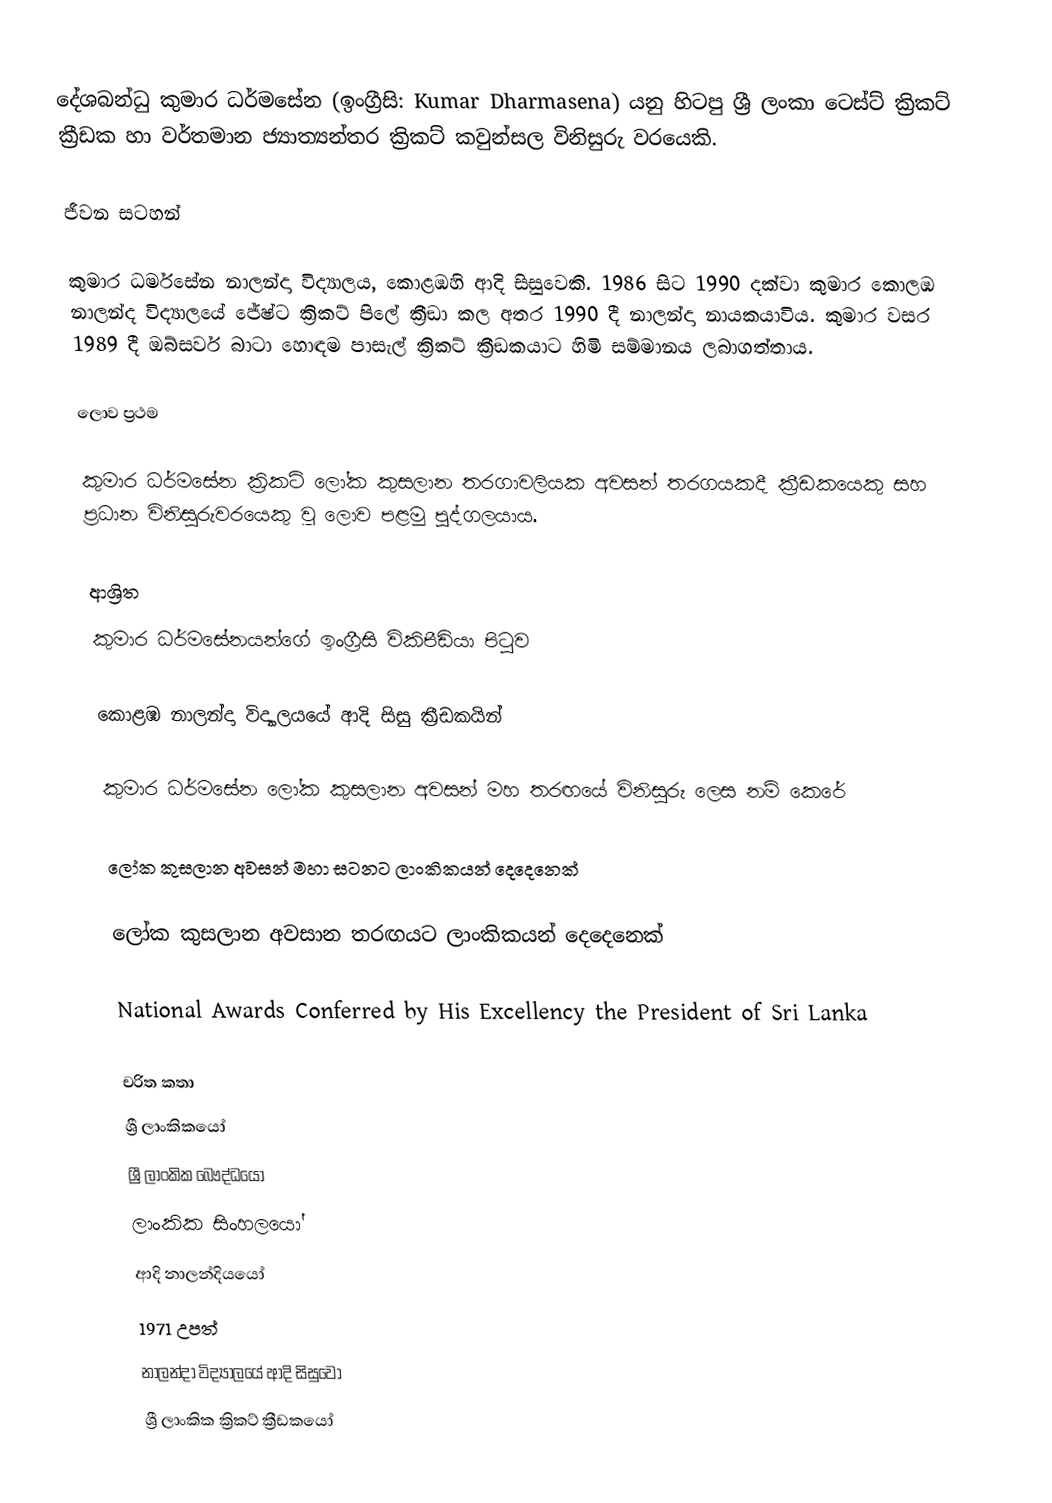
දේශබන්ධු කුමාර ධර්මසේන (ඉංග්‍රීසි: Kumar Dharmasena) යනු හිටපු ශ්‍රී ලංකා ටෙස්ට් ක්‍රිකට් ක්‍රීඩක හා වර්තමාන ජ්‍යාත්‍යන්තර ක්‍රිකට් කවුන්සල විනිසුරු වරයෙකි.

ජීවන සටහන්

කුමාර ධර්මසේන  නාලන්දා විද්‍යාලය, කොළඹහි ආදි සිසුවෙකි. 1986 සිට 1990 දක්වා කුමාර කොලඹ නාලන්ද  විද්‍යාලයේ  ජේෂ්ට ක්‍රිකට් පිලේ ක්‍රීඞා කල අතර 1990 දී නාලන්දා නායකයාවිය. කුමාර වසර 1989 දී ඔබ්සර්ව බාටා හොඳම පාසැල් ක්‍රිකට් ක්‍රීඞකයාට හිමි සම්මානය ලබාගත්තාය.

ලොව ප්‍රථම

කුමාර ධර්මසේන ක්‍රිකට් ලෝක කුසලාන තරගාවලියක අවසන් තරගයකදී ක්‍රීඩකයෙකු සහ ප්‍රධාන විනිසුරුවරයෙකු වූ ලොව පළමු පුද්ගලයාය.

ආශ්‍රිත
 කුමාර ධර්මසේනයන්ගේ ඉංග්‍රීසි විකිපීඩියා පිටුව

 කොළඹ නාලන්දා විද්‍යාලයයේ ආදි සිසු ක්‍රීඩකයින්

 කුමාර ධර්මසේන ලෝක කුසලාන අවසන් මහ තරඟයේ විනිසුරු ලෙස නම් කෙරේ

 ලෝක කුසලාන අවසන් මහා සටනට ලාංකිකයන් දෙදෙනෙක්

 ලෝක කුසලාන අවසාන තරඟයට ලාංකිකයන් දෙදෙනෙක්

 National Awards Conferred by His Excellency the President of Sri Lanka

චරිත කතා
ශ්‍රී ලාංකිකයෝ
ශ්‍රී ලාංකික බෞද්ධයෝ
ලාංකික සිංහලයෝ
ආදි නාලන්දියයෝ
1971 උපත්
නාලන්දා විද්‍යාලයේ ආදි සිසුවෝ
ශ්‍රී ලාංකික ක්‍රිකට් ක්‍රීඩකයෝ‎